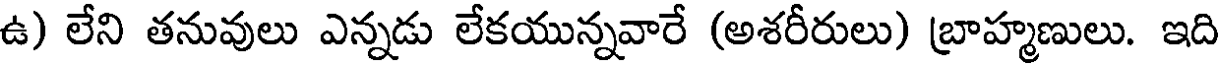
ఉ) లేని తనువులు ఎన్నడు లేకయున్నవారే (అశరీరులు) బ్రాహ్మణులు. ఇది